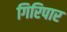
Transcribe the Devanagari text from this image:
गिरिपार